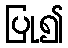
ပြု၍